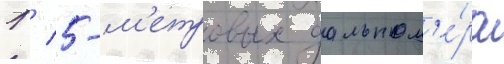
1 / 5-м'етровых дальном'е́ра